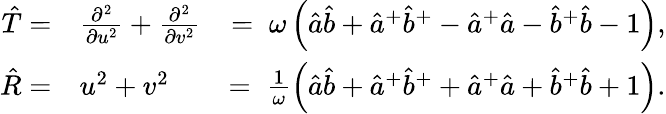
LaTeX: \begin{array}{rlr}{{\hat{T}}=}&{\frac{\partial^{2}}{\partial{u}^{2}}+\frac{\partial^{2}}{\partial{v}^{2}}}&{=\; \omega\left({\hat{a}}{\hat{b}}+{{\hat{a}}}^{+}{{\hat{b}}}^{+}-{{\hat{a}}}^{+}{\hat{a}}-{{\hat{b}}}^{+}{\hat{b}}-1\right),}\\ {{\hat{R}}=}&{{u}^{2}+{v}^{2}}&{=\; \frac{1}{\omega}\left({\hat{a}}{\hat{b}}+{{\hat{a}}}^{+}{{\hat{b}}}^{+}+{{\hat{a}}}^{+}{\hat{a}}+{{\hat{b}}}^{+}{\hat{b}}+1\right).}\end{array}